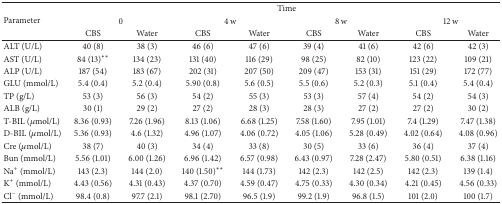
<table><thead><tr><td rowspan="3"><b>Parameter</b></td><td colspan="8"><b>Time</b></td></tr><tr><td colspan="2"><b>0</b></td><td colspan="2"><b>4 w</b></td><td colspan="2"><b>8 w</b></td><td colspan="2"><b>12 w</b></td></tr><tr><td><b>CBS</b></td><td><b>Water</b></td><td><b>CBS</b></td><td><b>Water</b></td><td><b>CBS</b></td><td><b>Water</b></td><td><b>CBS</b></td><td><b>Water</b></td></tr></thead><tbody><tr><td>ALT (U/L)</td><td>40 (8)</td><td>38 (3)</td><td>46 (6)</td><td>47 (6)</td><td>39 (4)</td><td>41 (6)</td><td>42 (6)</td><td>42 (3)</td></tr><tr><td>AST (U/L)</td><td>84 (13)<sup><i>∗∗</i></sup></td><td>134 (23)</td><td>131 (40)</td><td>116 (29)</td><td>98 (25)</td><td>82 (10)</td><td>123 (22)</td><td>109 (21)</td></tr><tr><td>ALP (U/L)</td><td>187 (54)</td><td>183 (67)</td><td>202 (31)</td><td>207 (50)</td><td>209 (47)</td><td>153 (31)</td><td>151 (29)</td><td>172 (77)</td></tr><tr><td>GLU (mmol/L)</td><td>5.4 (0.4)</td><td>5.2 (0.4)</td><td>5.90 (0.8)</td><td>5.6 (0.5)</td><td>5.5 (0.6)</td><td>5.2 (0.3)</td><td>5.1 (0.4)</td><td>5.4 (0.4)</td></tr><tr><td>TP (g/L)</td><td>53 (3)</td><td>56 (3)</td><td>54 (2)</td><td>55 (3)</td><td>53 (3)</td><td>57 (4)</td><td>54 (2)</td><td>54 (3)</td></tr><tr><td>ALB (g/L)</td><td>30 (1)</td><td>29 (2)</td><td>27 (2)</td><td>28 (3)</td><td>28 (3)</td><td>27 (2)</td><td>27 (2)</td><td>30 (2)</td></tr><tr><td>T-BIL (<i>μ</i>mol/L)</td><td>8.36 (0.93)</td><td>7.26 (1.96)</td><td>8.13 (1.06)</td><td>6.68 (1.25)</td><td>7.58 (1.60)</td><td>7.95 (1.01)</td><td>7.4 (1.29)</td><td>7.47 (1.38)</td></tr><tr><td>D-BIL (<i>μ</i>mol/L)</td><td>5.36 (0.93)</td><td>4.6 (1.32)</td><td>4.96 (1.07)</td><td>4.06 (0.72)</td><td>4.05 (1.06)</td><td>5.28 (0.49)</td><td>4.02 (0.64)</td><td>4.08 (0.96)</td></tr><tr><td>Cre (<i>μ</i>mol/L)</td><td>38 (7)</td><td>40 (3)</td><td>34 (4)</td><td>33 (8)</td><td>30 (5)</td><td>33 (6)</td><td>36 (4)</td><td>37 (4)</td></tr><tr><td>Bun (mmol/L)</td><td>5.56 (1.01)</td><td>6.00 (1.26)</td><td>6.96 (1.42)</td><td>6.57 (0.98)</td><td>6.43 (0.97)</td><td>7.28 (2.47)</td><td>5.80 (0.51)</td><td>6.38 (1.16)</td></tr><tr><td>Na<sup>+</sup> (mmol/L)</td><td>143 (2.3)</td><td>144 (2.0)</td><td>140 (1.50)<sup><i>∗∗</i></sup></td><td>144 (1.73)</td><td>142 (2.3)</td><td>142 (2.5)</td><td>142 (2.3)</td><td>139 (1.4)</td></tr><tr><td>K<sup>+</sup> (mmol/L)</td><td>4.43 (0.56)</td><td>4.31 (0.43)</td><td>4.37 (0.70)</td><td>4.59 (0.47)</td><td>4.75 (0.33)</td><td>4.30 (0.34)</td><td>4.21 (0.45)</td><td>4.56 (0.33)</td></tr><tr><td>Cl<sup>−</sup> (mmol/L)</td><td>98.4 (0.8)</td><td>97.7 (2.1)</td><td>98.1 (2.70)</td><td>96.5 (1.9)</td><td>99.2 (1.9)</td><td>96.8 (1.5)</td><td>101 (2.0)</td><td>100 (1.7)</td></tr></tbody></table>